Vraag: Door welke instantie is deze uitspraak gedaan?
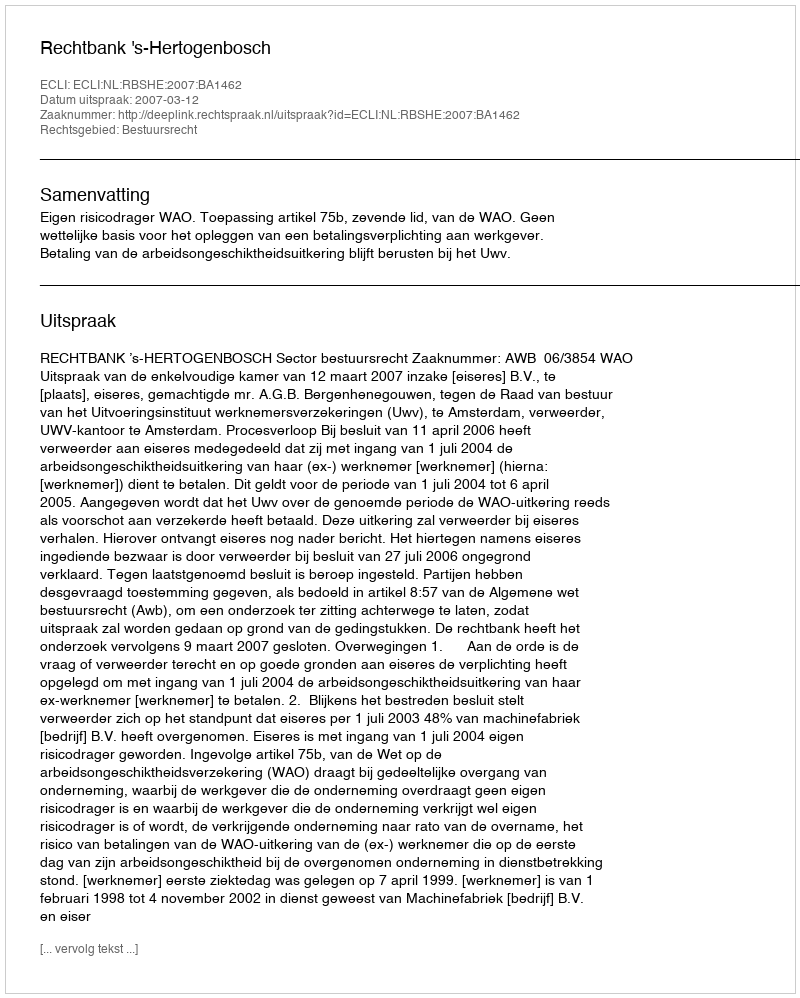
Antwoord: Rechtbank 's-Hertogenbosch